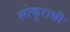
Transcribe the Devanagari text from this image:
लोकुराच्ची